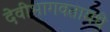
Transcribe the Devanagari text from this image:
देवीभागवतामधे